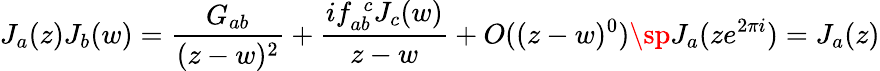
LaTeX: J_{a}(z)J_{b}(w)=\frac{G_{ab}}{(z-w)^{2}}+\frac{if_{ab}^{\ \ c}J_{c}(w)}{z-w}+O((z-w)^{0})\sp J_{a}(ze^{2\pi i})=J_{a}(z)